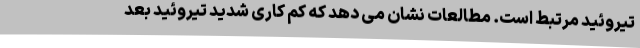
تیروئید مرتبط است. مطالعات نشان می دهد که کم کاری شدید تیروئید بعد